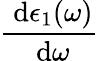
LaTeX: \frac{\ \mathrm{d}\epsilon_{1}(\omega)}{\ \mathrm{d}\omega}